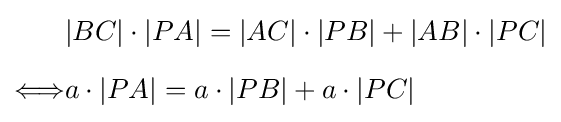
{\begin{aligned}&|BC|\cdot |PA|=|AC|\cdot |PB|+|AB|\cdot |PC|\\[6pt]\Longleftrightarrow &a\cdot |PA|=a\cdot |PB|+a\cdot |PC|\end{aligned}}